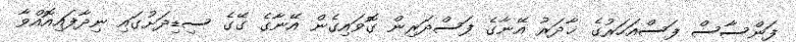
ފަންސާސް ފަސްއަހަރުގެ ޚާދަރު އޭނާގެ ފަސްދަރިން ގޮވައިގެން އޭނާގެ ގޭގެ ސިޑިދަށުގައި ނިދާފައިއޮއްވާ